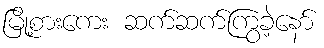
မြို့စားကေး ဆက်ဆက်ကြွခဲ့နော်